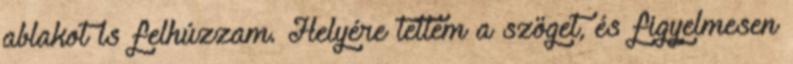
ablakot is felhúzzam. Helyére tettem a szöget, és figyelmesen